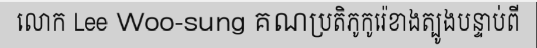
លោក Lee Woo-sung គណប្រតិភូកូរ៉េខាងត្បូងបន្ទាប់ពី